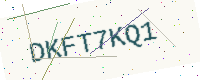
Text: DKFT7KQ1